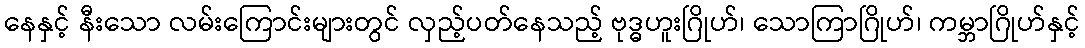
နေနှင့် နီးသော လမ်းကြောင်းများတွင် လှည့်ပတ်နေသည့် ဗုဒ္ဓဟူးဂြိုဟ်၊ သောကြာဂြိုဟ်၊ ကမ္ဘာဂြိုဟ်နှင့်